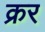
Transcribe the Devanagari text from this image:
क्रर